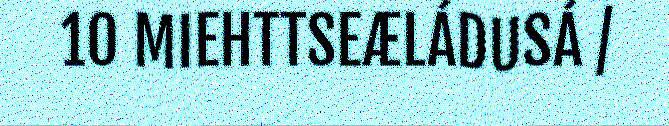
10 MIEHTTSEÆLÁDUSÁ /